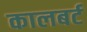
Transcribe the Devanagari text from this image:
कालबर्ट